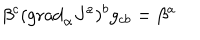
\beta ^ { c } ( \mathrm { g r a d } _ { \alpha } J ^ { a } ) ^ { b } g _ { c b } = \beta ^ { a }